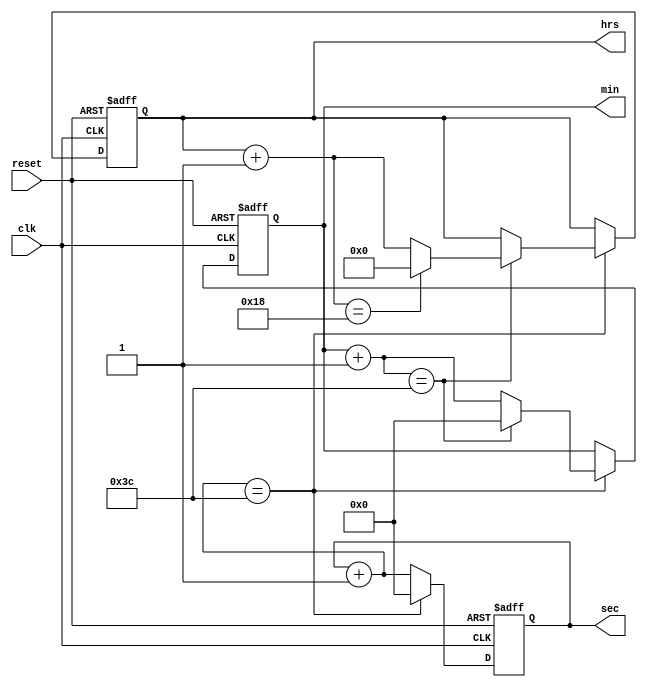
`timescale 1ns / 1ps

module digital_clk(
    input clk,reset,
    output reg [5:0] sec,
    output reg [5:0] min,
    output reg [4:0] hrs
    );
    always @(posedge clk or posedge reset) begin
        if(reset) begin
            sec <= 0;
            min <= 0;
            hrs <= 0;
        end
        else if (clk == 1'b1) begin
            sec = sec + 1;
            if (sec == 60) begin
                sec <= 0;
                min = min + 1;
                if (min == 60) begin
                    min <= 0;
                    hrs = hrs + 1;
                    if (hrs == 24) begin
                        hrs <= 0;
                    end
                end
            end
        end
    end
    
endmodule